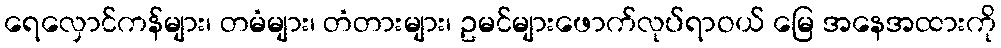
ရေလှောင်ကန်များ၊ တမံများ၊ တံတားများ၊ ဥမင်များဖောက်လုပ်ရာဝယ် မြေ အနေအထားကို